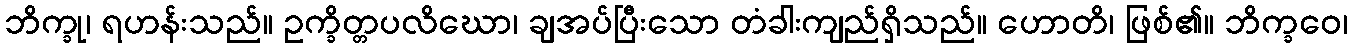
ဘိက္ခု၊ ရဟန်းသည်။ ဥက္ခိတ္တပလိဃော၊ ချအပ်ပြီးသော တံခါးကျည်ရှိသည်။ ဟောတိ၊ ဖြစ်၏။ ဘိက္ခဝေ၊